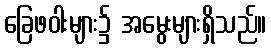
ခြေဖဝါးများ၌ အမွေးများရှိသည်။